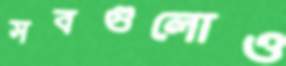
সবগুলোও